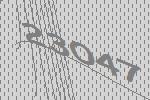
23047